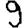
Digit: 9